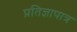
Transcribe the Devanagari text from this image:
प्रतिज्ञापात्र